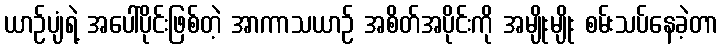
ယာဉ်ပျံရဲ့ အပေါ်ပိုင်းဖြစ်တဲ့ အာကာသယာဉ် အစိတ်အပိုင်းကို အမျိုးမျိုး စမ်းသပ်နေခဲ့တာ